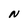
Character: N